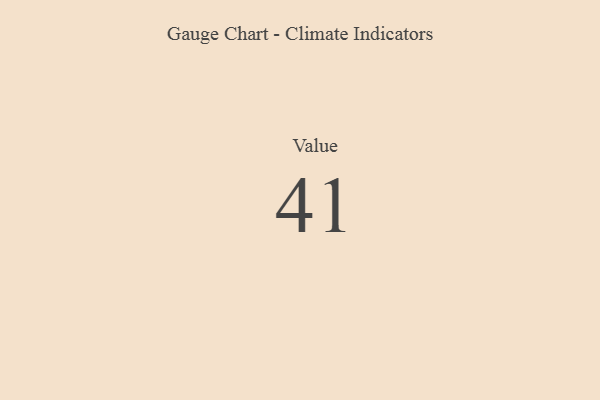
{"axis": {"x": "Metric", "y": "Value"}, "legend": [""], "data": [{"x": "Value", "y": 41, "type": ""}]}